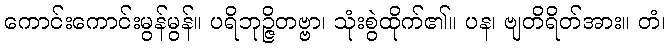
ကောင်းကောင်းမွန်မွန်။ ပရိဘုဉ္ဇိတဗ္ဗာ၊ သုံးစွဲထိုက်၏။ ပန၊ ဗျတိရိတ်အား။ တံ၊